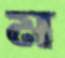
ম